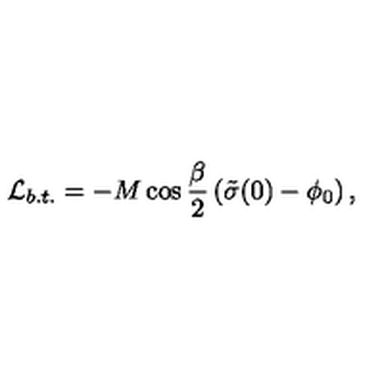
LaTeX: { \cal L } _ { b . t . } = - M \cos \frac { \beta } { 2 } \left( \tilde { \sigma } ( 0 ) - \phi _ { 0 } \right) ,